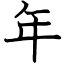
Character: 年